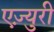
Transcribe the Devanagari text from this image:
एज़्युरी